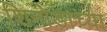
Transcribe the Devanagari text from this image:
शिनोडाच्या